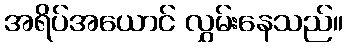
အရိပ်အယောင် လွှမ်းနေသည်။